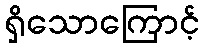
ရှိသောကြောင့်